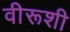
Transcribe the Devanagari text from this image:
वीरूशी